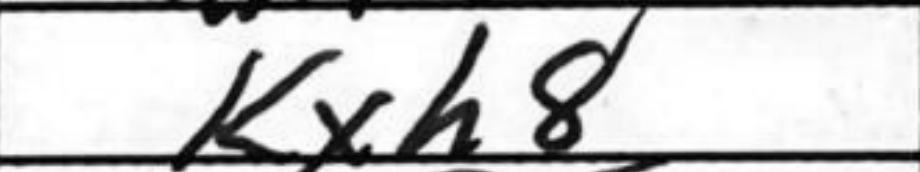
Transcription: Kxh8